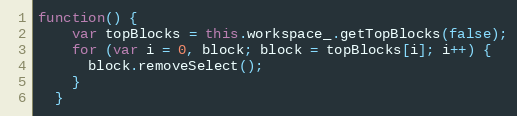
Language: JavaScript
function() {
    var topBlocks = this.workspace_.getTopBlocks(false);
    for (var i = 0, block; block = topBlocks[i]; i++) {
      block.removeSelect();
    }
  }